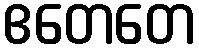
ဧတေတေ